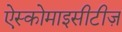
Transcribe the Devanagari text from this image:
ऐस्कोमाइसीटीज़